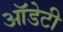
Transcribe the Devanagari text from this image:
ऑडेटी